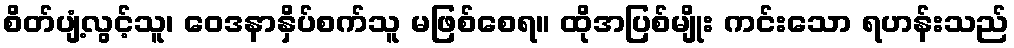
စိတ်ပျံ့လွင့်သူ၊ ဝေဒနာနှိပ်စက်သူ မဖြစ်စေရ။ ထိုအပြစ်မျိုး ကင်းသော ရဟန်းသည်